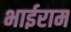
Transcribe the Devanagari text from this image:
भाईराम